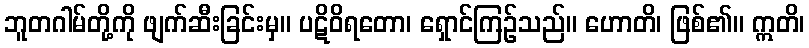
ဘူတဂါမ်တို့ကို ဖျက်ဆီးခြင်းမှ။ ပဋိဝိရတော၊ ရှောင်ကြဉ်သည်။ ဟောတိ၊ ဖြစ်၏။ ဣတိ၊